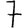
Digit: 7